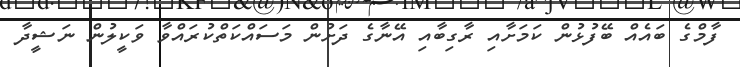
ފާމްގެ ބައެއް ބޭފުޅުން ކަމަށާއި ރާގިބާއި އޭނާގެ ދަށުން މަސައްކަތްކުރައްވާ ވަކީލުން ނަޝީދާ